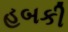
હબકી